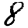
Digit: 8